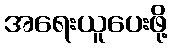
အရေးယူပေးဖို့